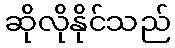
ဆိုလိုနိုင်သည်